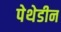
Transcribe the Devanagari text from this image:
पेथेडीन